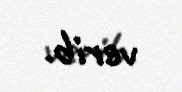
verib.